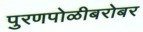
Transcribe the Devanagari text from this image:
पुरणपोळीबरोबर